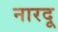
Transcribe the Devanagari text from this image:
नारदू